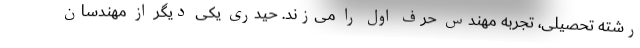
رشته تحصیلی، تجربه مهندس حرف اول را می‌زند. حیدری یکی دیگر از مهندسان